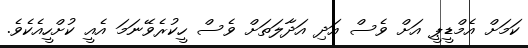
ކަމަށް އެމްޑީޕީ އަށް ވެސް އަދި އަދާލަތަށް ވެސް ހީކުރެވޭނަމަ އެއީ ކުށްހީއެކެވެ.